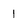
Character: 1